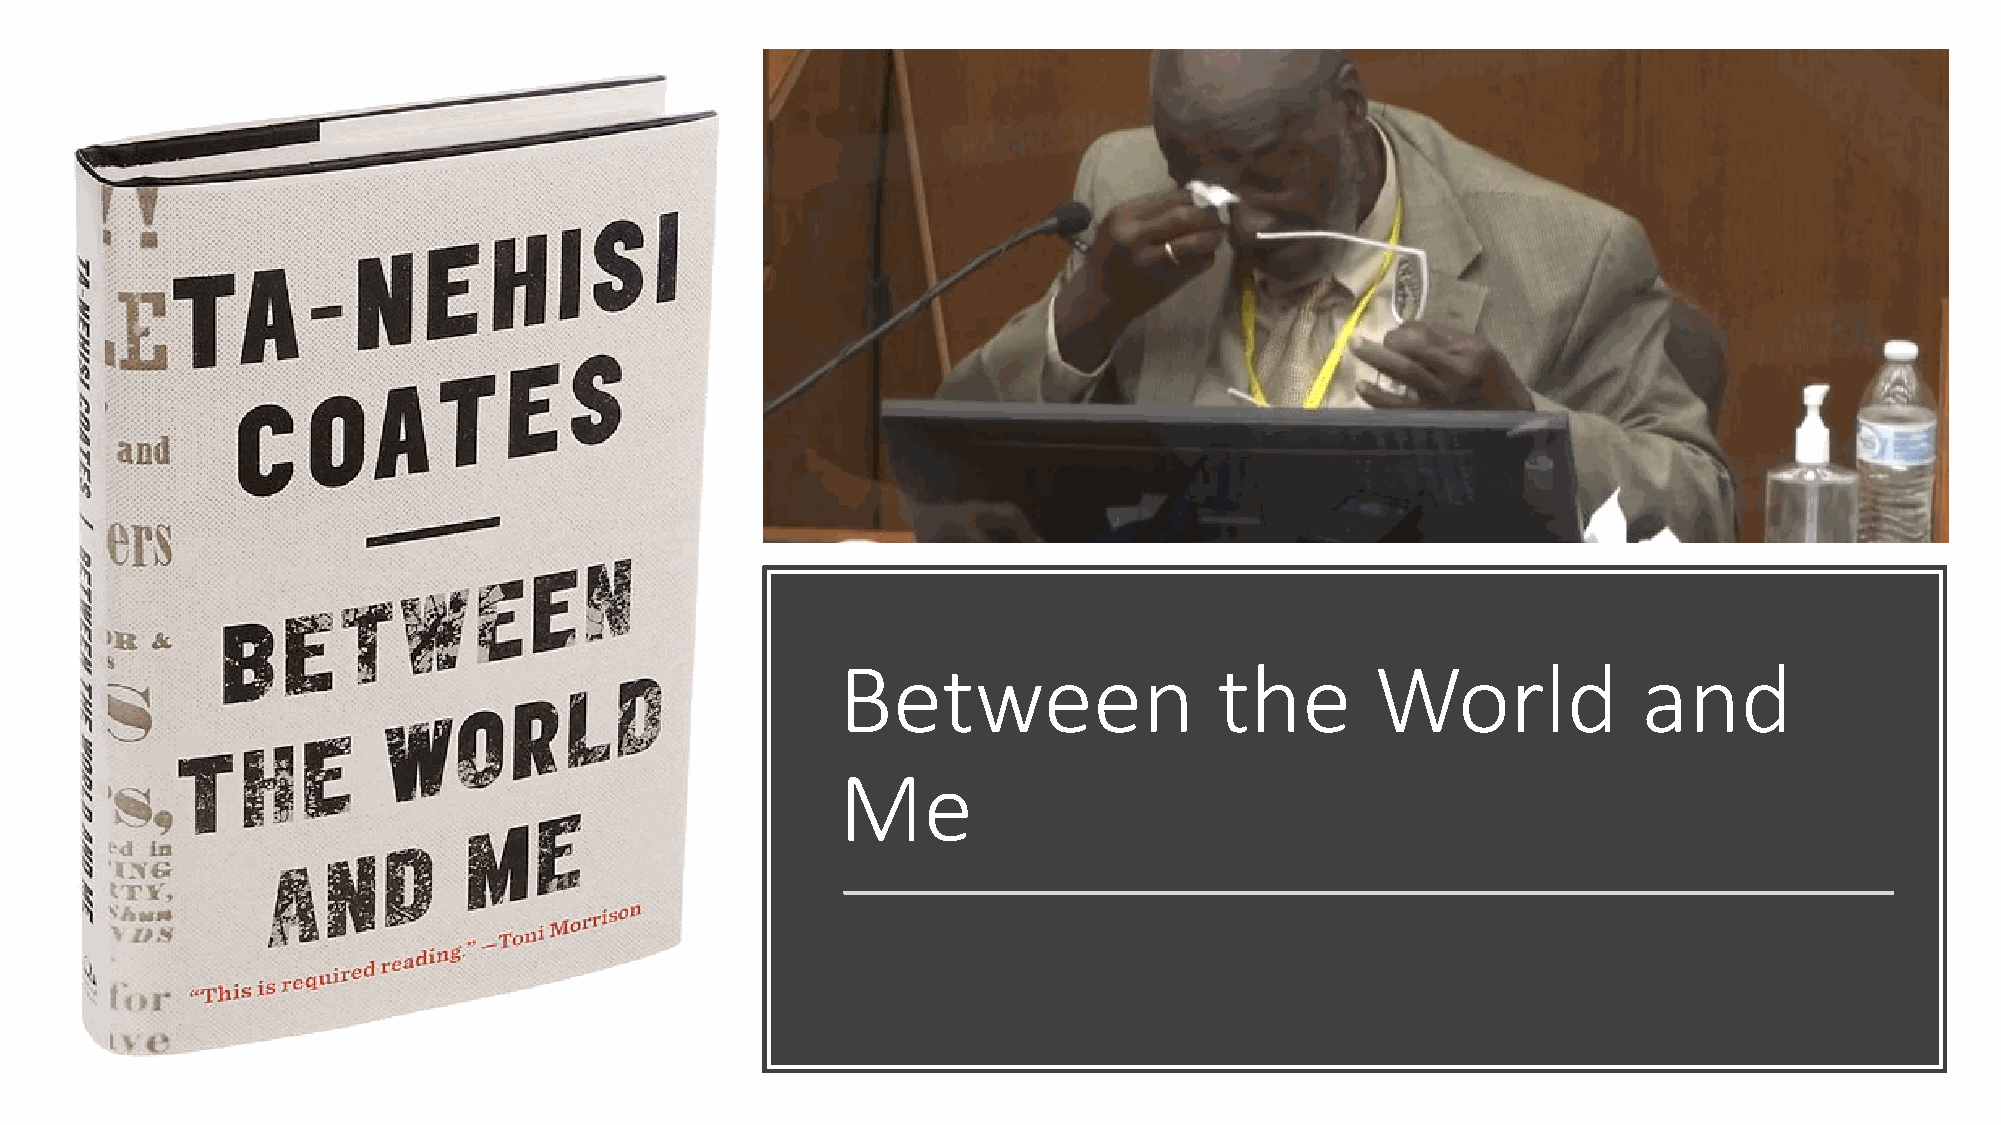
Between                  the       World             and
 Me